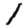
Digit: 1